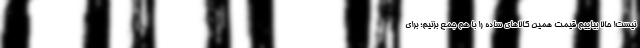
نیست! حالا بیاییم قیمت همین کالاهای ساده را با هم جمع بزنیم؛ برای